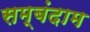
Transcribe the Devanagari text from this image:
सम्बंदाम